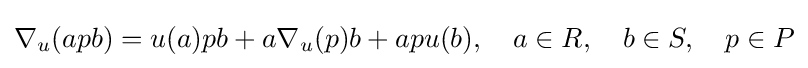
\nabla _{u}(apb)=u(a)pb+a\nabla _{u}(p)b+apu(b),\quad a\in R,\quad b\in S,\quad p\in P